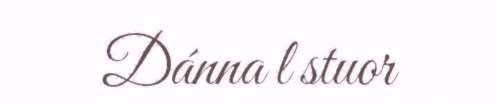
Dánna l stuor